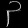
Digit: ၃